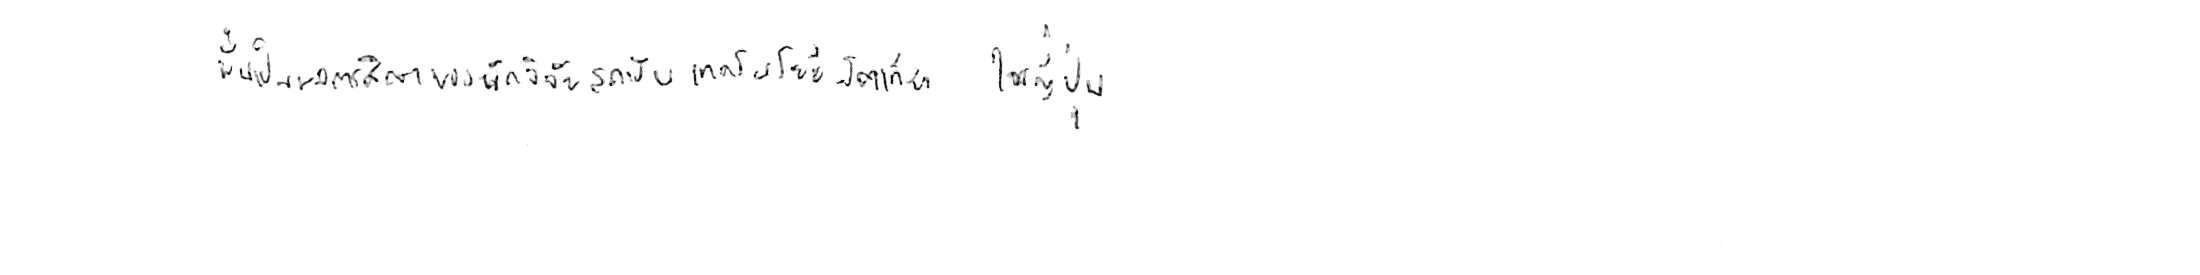
นั่นเป็นผลการศึกษาของนักวิจัยสถาบันเทคโนโลยีโตเกียว ในญี่ปุ่น